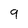
Character: 9